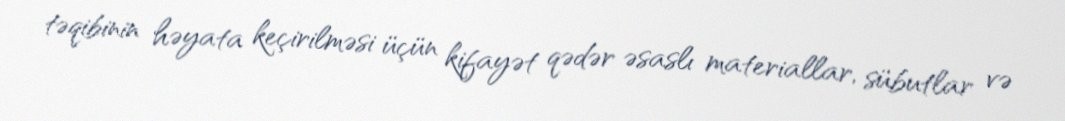
təqibinin həyata keçirilməsi üçün kifayət qədər əsaslı materiallar, sübutlar və